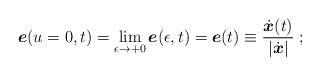
\begin{align*}{\mbox{\boldmath $e$}}(u=0,t)= \lim_{\epsilon \rightarrow +0}{\mbox{\boldmath $e$}}(\epsilon,t)= {\mbox{\boldmath $e$}}(t) \equiv\frac{\dot{\mbox{\boldmath $x$}}(t)}{|\dot{\mbox{\boldmath $x$}}|}\;;\end{align*}